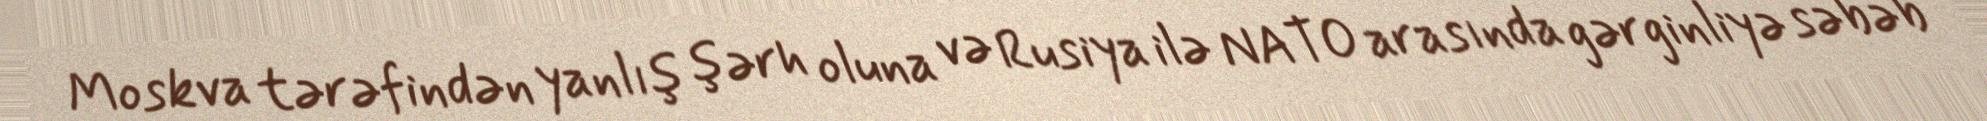
Moskva tərəfindən yanlış şərh oluna və Rusiya ilə NATO arasında gərginliyə səbəb